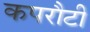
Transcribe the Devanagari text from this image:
कपरौटी